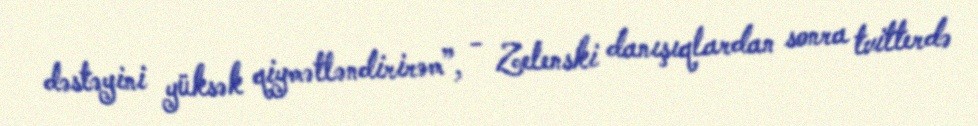
dəstəyini yüksək qiymətləndirirəm”, - Zelenski danışıqlardan sonra tvitterdə